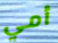
أمي